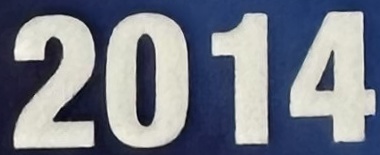
2014